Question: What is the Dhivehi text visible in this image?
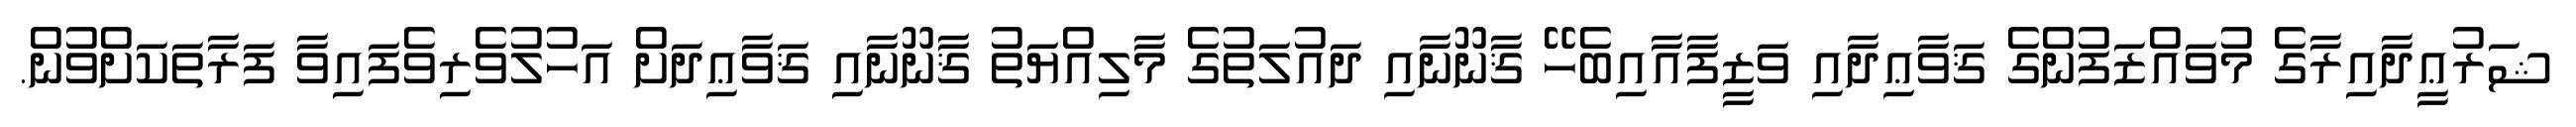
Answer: ޝަރުޢީދާއިރާގެ މުވައްޒަފުންގެ ޤަވާޢިދާއި ވަޒީފާއާއިބެހޭ ޤާނޫނާއި ދައުލަތުގެ މާލިއްޔަތު ޤާނޫނާއި ޤަވާޢިދަށް އަހުލުވެރިވެފައިވާ ފަރާތަކަށްވުން.